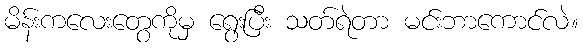
မိန်းကလေးတွေကိုမှ ရွေးပြီး သတ်ရဲတာ မင်းဘာကောင်လဲ။